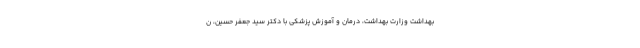
بهداشت وزارت بهداشت، درمان و آموزش پزشکی با دکتر سید جعفر حسین، ن